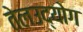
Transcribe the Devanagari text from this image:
तेलउद्योग